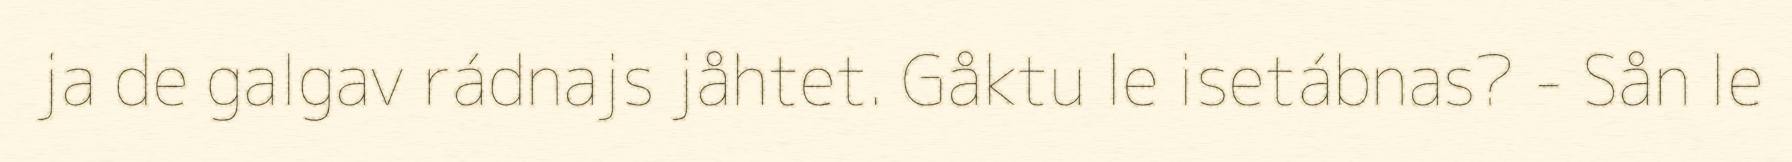
ja de galgav rádnajs jåhtet. Gåktu le isetábnas? - Sån le